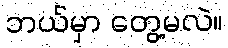
ဘယ်မှာ တွေ့မလဲ။